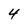
Character: 4